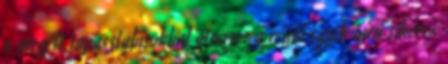
a megélt tapasztalásokkal ötvözve a régió egyik igen sikeres